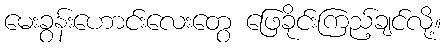
မေးခွန်းဟောင်းလေးတွေ ဖြေခိုင်းကြည့်ချင်လို့။